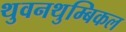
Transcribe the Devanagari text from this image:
थुवनथुम्बिकल